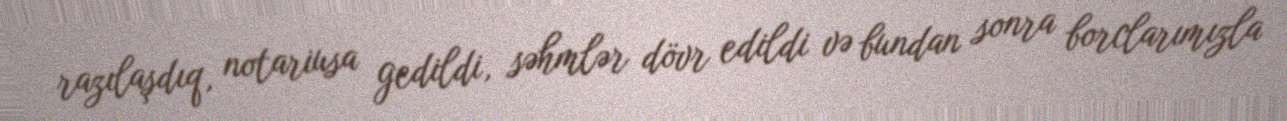
razılaşdıq, notariusa gedildi, səhmlər dövr edildi və bundan sonra borclarımızla